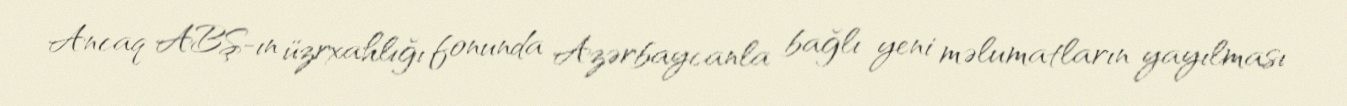
Ancaq ABŞ-ın üzrxahlığı fonunda Azərbaycanla bağlı yeni məlumatların yayılması